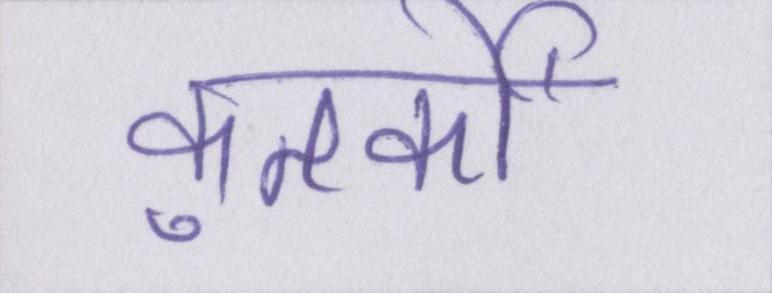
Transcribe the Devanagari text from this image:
कुतर्कों